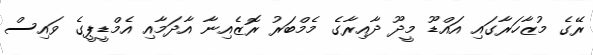
ރޭގެ މުޒާހަރާގައި އައްޑޫ މީދޫ ދާއިރާގެ މެމްބަރު ރޮޒެއިނާ އާދަމާއި އެމްޑީޕީގެ ވައިސް